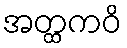
အတ္ထကဝိ